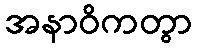
အနာဝိကတွာ